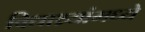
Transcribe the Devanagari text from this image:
विद्याथ्र्यांमध्ये